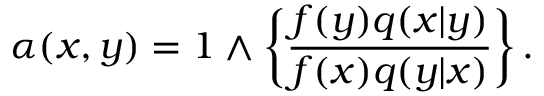
\alpha ( x , y ) = 1 \wedge \left\{ \frac { f ( y ) q ( x | y ) } { f ( x ) q ( y | x ) } \right\} .